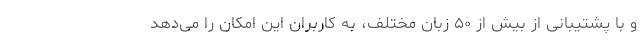
و با پشتیبانی از بیش از ۵۰ زبان مختلف، به کاربران این امکان را می‌دهد